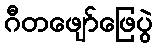
ဂီတဖျော်ဖြေပွဲ